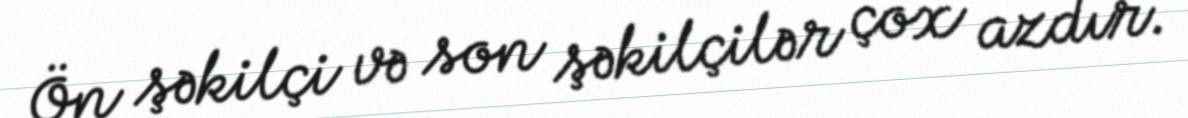
Ön şəkilçi və son şəkilçilər çox azdır.